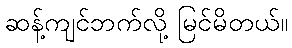
ဆန့်ကျင်ဘက်လို့ မြင်မိတယ်။